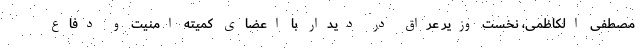
مصطفی الکاظمی، نخست وزیر عراق در دیدار با اعضای کمیته امنیت و دفاع